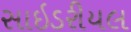
સાઇડરીયલ